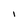
Character: I